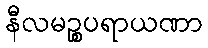
နီလမဉ္စပရာယဏာ